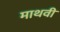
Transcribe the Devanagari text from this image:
माथवी